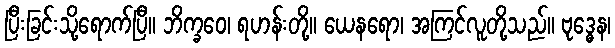
ပြီးခြင်းသို့ရောက်ပြီ။ ဘိက္ခဝေ၊ ရဟန်းတို့။ ယေနရော၊ အကြင်လူတို့သည်။ ဗုဒ္ဓေန၊